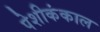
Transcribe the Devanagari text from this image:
पेशीकंकाल